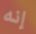
إنه